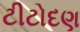
ટીટોદણ